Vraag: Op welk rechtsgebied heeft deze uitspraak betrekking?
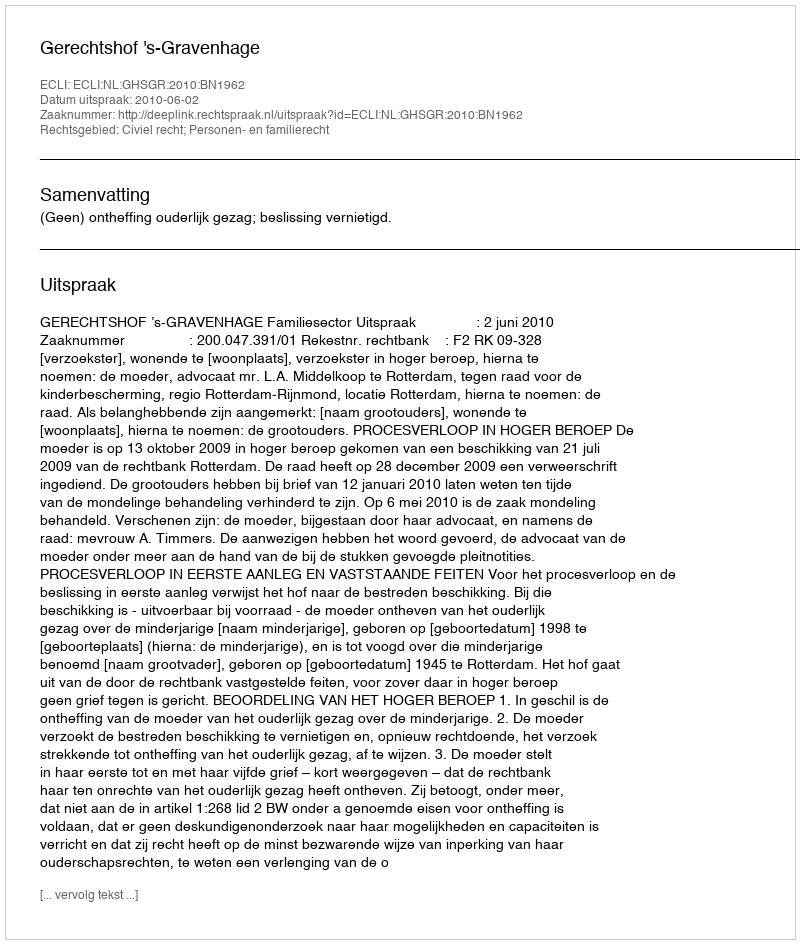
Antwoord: Civiel recht; Personen- en familierecht